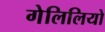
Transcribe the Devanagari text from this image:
गेलिलियो